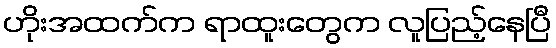
ဟိုးအထက်က ရာထူးတွေက လူပြည့်နေပြီ